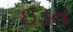
ઇડન